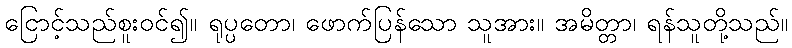
ငြောင့်သည်စူးဝင်၍။ ရုပ္ပတော၊ ဖောက်ပြန်သော သူအား။ အမိတ္တာ၊ ရန်သူတို့သည်။